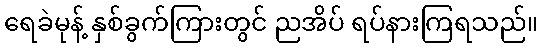
ရေခဲမုန့် နှစ်ခွက်ကြားတွင် ညအိပ် ရပ်နားကြရသည်။